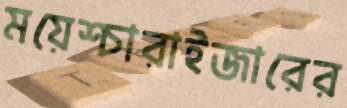
ময়েশ্চারাইজারের